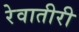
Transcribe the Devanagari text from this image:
रेवातीरी